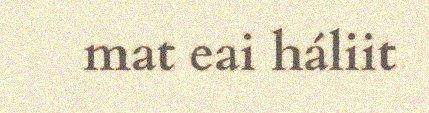
mat eai háliit